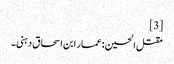
[3]
مقتل الحسین : عمار ابن اسحاق دہنی۔